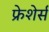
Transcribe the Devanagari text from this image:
फ्रेशेर्स